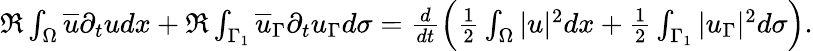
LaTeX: \begin{array}{r}{\Re\int_{\Omega}\overline{{u}}\partial_{t}udx+\Re\int_{\Gamma_{1}}\overline{{u}}_{\Gamma}\partial_{t}u_{\Gamma}d\sigma=\frac{d}{dt}\left(\frac{1}{2}\int_{\Omega}|u|^{2}dx+\frac{1}{2}\int_{\Gamma_{1}}|u_{\Gamma}|^{2}d\sigma\right).}\end{array}